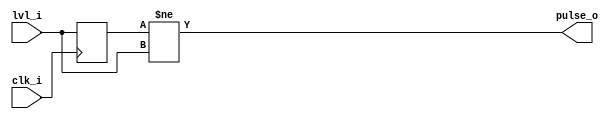
// Convert a level change into a positive pulse < 1 clock wide
module high2pulse (
    input clk_i,
    input lvl_i,
    output pulse_o
);

    reg status = 0;

    assign pulse_o = (status != lvl_i);

    always @(posedge clk_i) status <= lvl_i;

endmodule